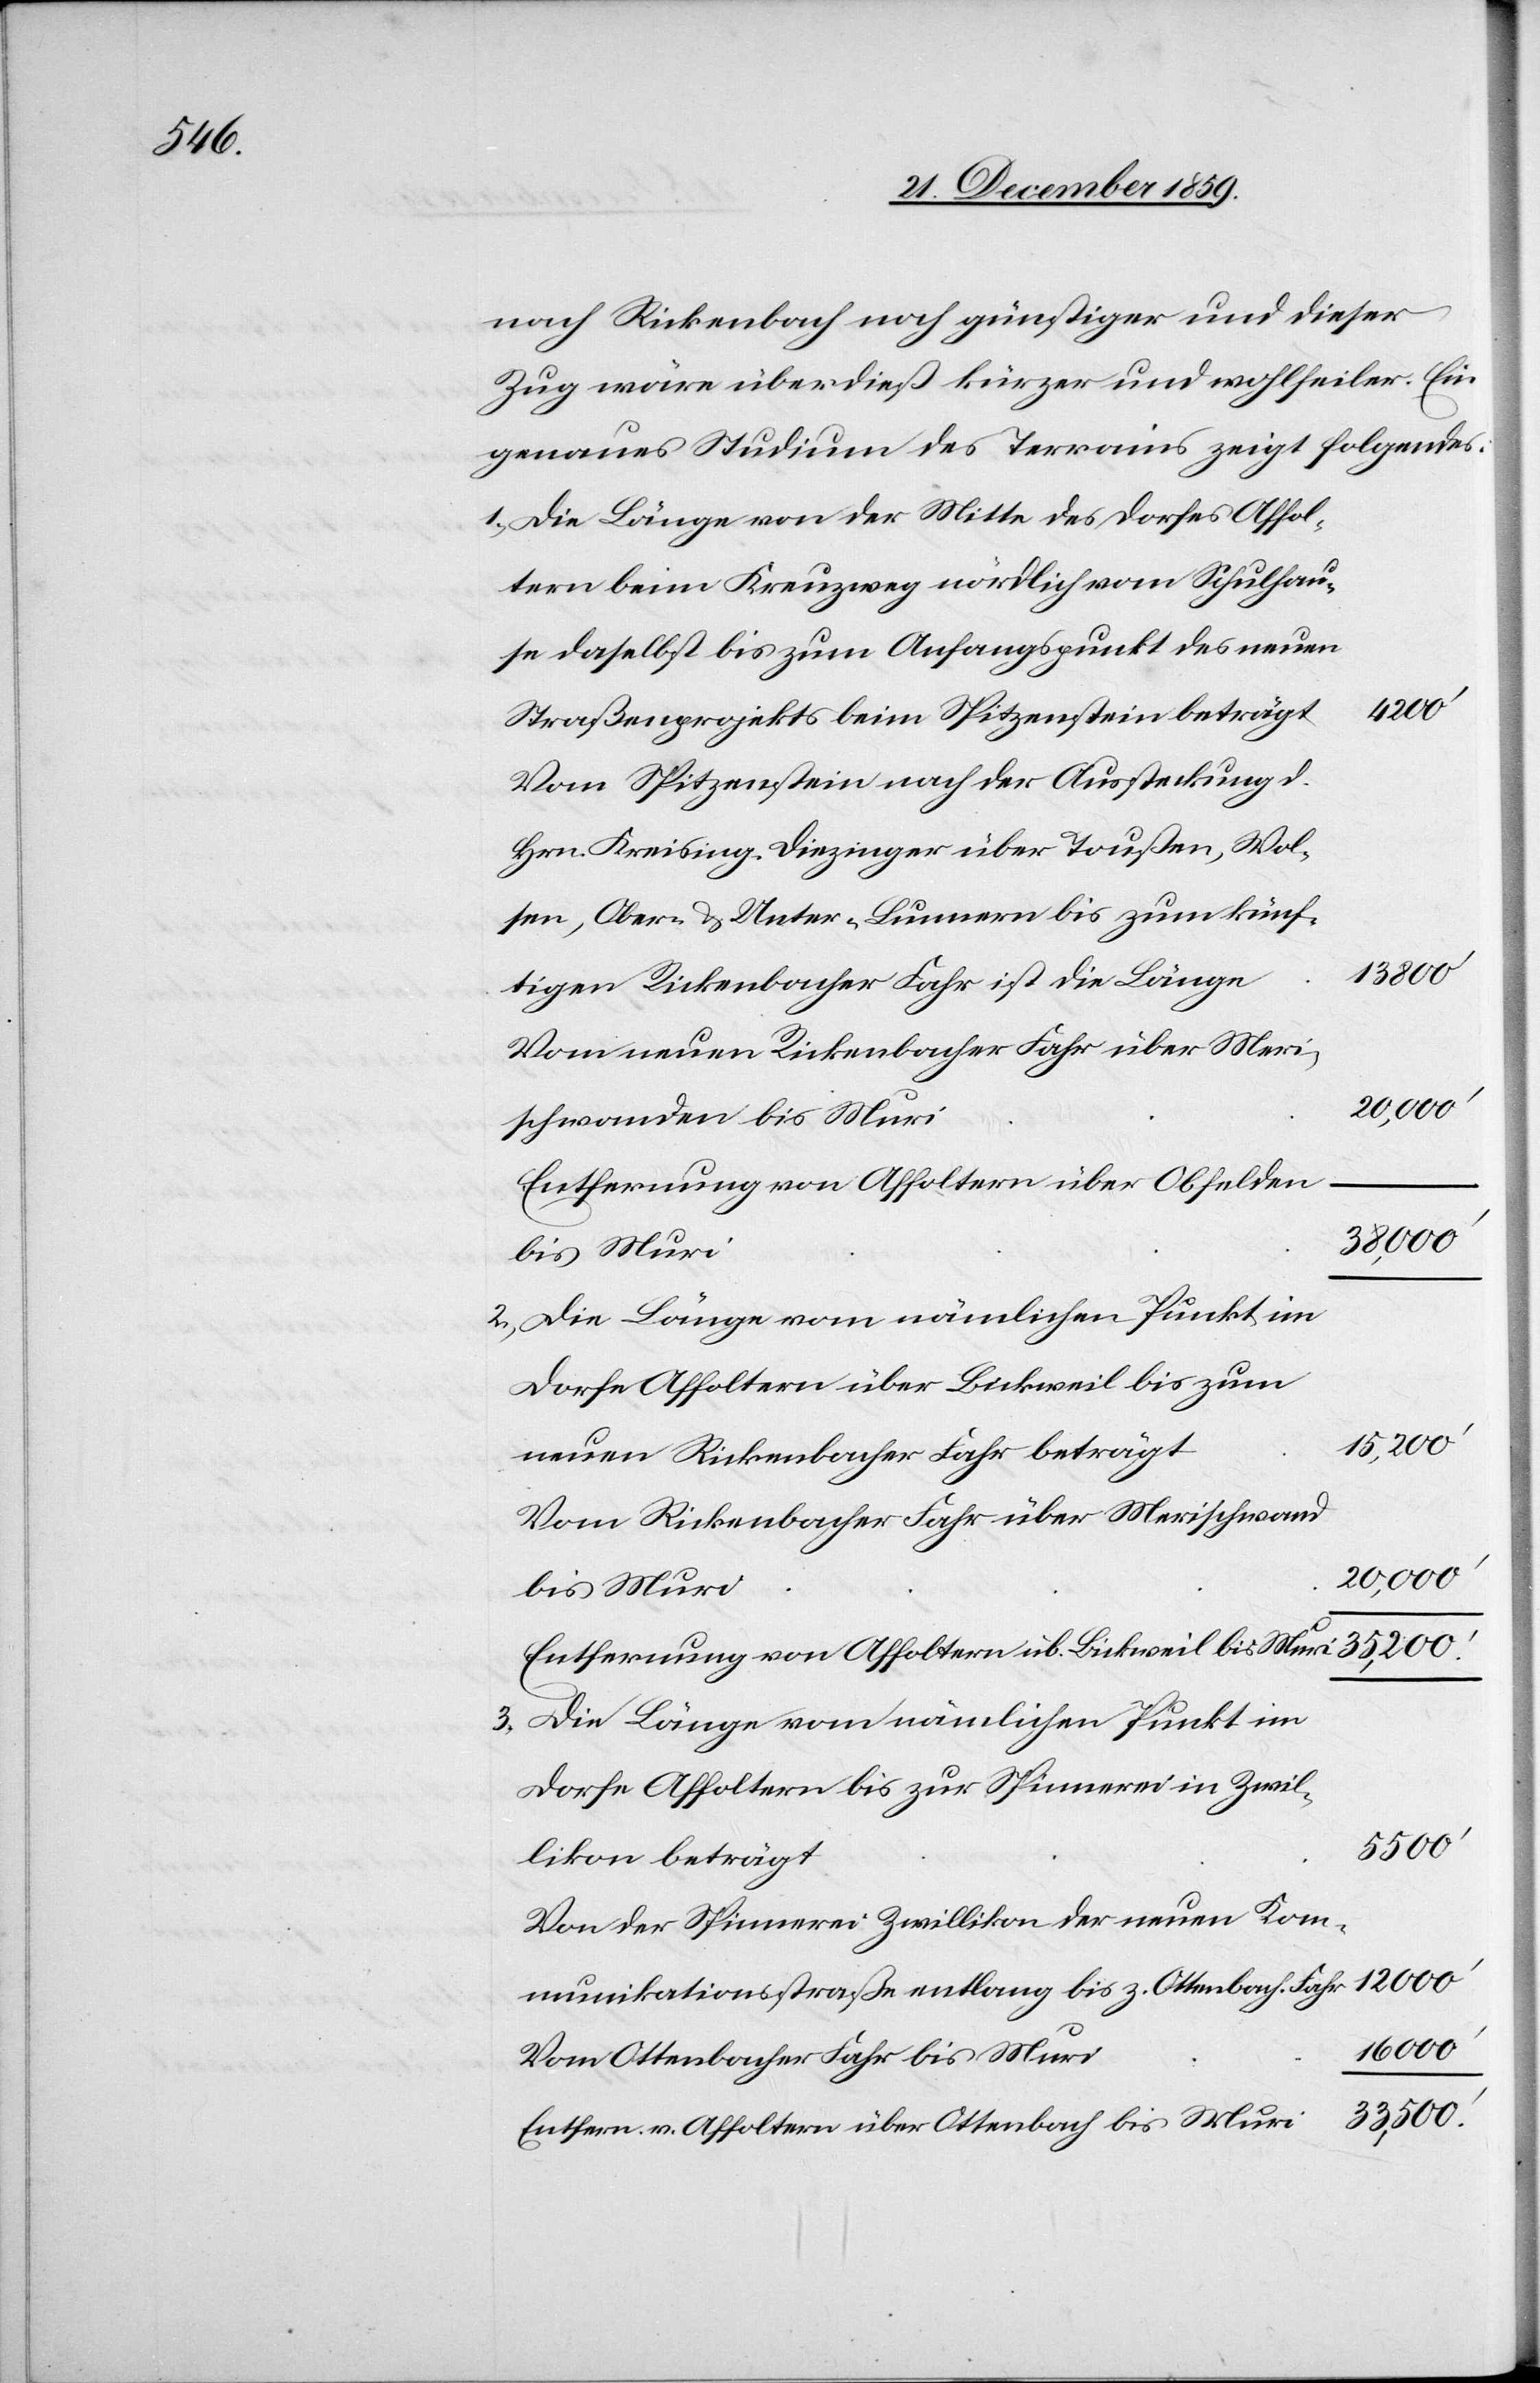
nach Rickenbach noch günstiger und dieser
Zug wäre überdieß kürzer und wohlfeiler. Ein
genaues Studium der Terrains zeigt folgendes:
1.) Die Länge von der Mitte des Dorfes Affol¬
tern beim Kreuzweg nördlich vom Schulhau¬
se daselbst bis zum Anfangspunkt des neuen
Straßenprojektes beim Spitzenstein beträgt
Vom Spitzenstein nach der Aussteckung d.
Hrn. Kreising. Diezinger über Toußen, Wohl¬
en, Ober- & Unter-Lunnern bis zum künf¬
tigen Rickenbacher Fahr ist die Länge
Vom neuen Rickenbacher Fahr über Meri¬
schwanden bis Muri
Entfernung von Affoltern über Obfelden
38,000’
bis Muri
2.) Die Länge vom nämlichen Punkt im
Dorfe Affoltern über Bickweil bis zum
16 000’
neuen Rickenbacher Fahr beträgt
Vom Rickenbacher Fahr über Merischwand
20,000’
Entfernung von Affoltern üb. Bickweil bis Muri
3.) Die Länge vom nämlichen Punkt im
Dorfe Affoltern bis zur Spinnerei in Zwil¬
33,500’.
likon beträgt
Von der Spinnerei in Zwillikon der neuen Kom¬
munikationsstraße entlang bis z. Ottenbach. Fahr
Vom Ottenbacher Fahr bis Muri
Entfern. v. Affoltern über Ottenbach bis Muri